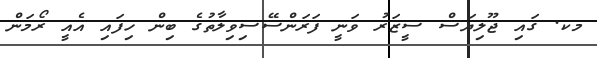
މކ. ގައި ޖޫލިޔަސް ސީޒަރު ވަނީ ފަރަންސޭސިވިލާތުގެ ބިން ހިފައި އެއީ ރޯމަން